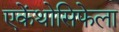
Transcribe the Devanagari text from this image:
एकेंथोसिफेला